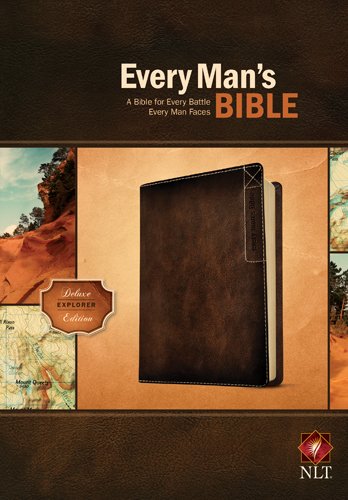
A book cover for Every Man's Bible NLT: Deluxe Explorer Edition; Christian Books & Bibles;